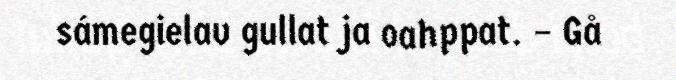
sámegielav gullat ja oahppat. – Gå